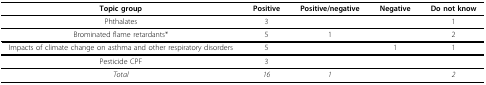
<table><thead><tr><td><b>Topic group</b></td><td><b>Positive</b></td><td><b>Positive/negative</b></td><td><b>Negative</b></td><td><b>Do not know</b></td></tr></thead><tbody><tr><td>Phthalates</td><td>3</td><td></td><td></td><td>1</td></tr><tr><td>Brominated flame retardants*</td><td>5</td><td>1</td><td></td><td>2</td></tr><tr><td>Impacts of climate change on asthma and other respiratory disorders</td><td>5</td><td></td><td>1</td><td>1</td></tr><tr><td>Pesticide CPF</td><td>3</td><td></td><td></td><td></td></tr><tr><td><i>Total</i></td><td><i>16</i></td><td><i>1</i></td><td></td><td><i>2</i></td></tr></tbody></table>